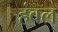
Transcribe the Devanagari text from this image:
हंबल